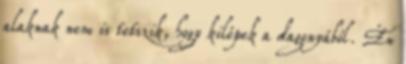
alaknak nem is tetszik, hogy kilépek a dagonyából. Én